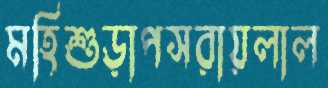
মহিশুড়াপসরায়লাল